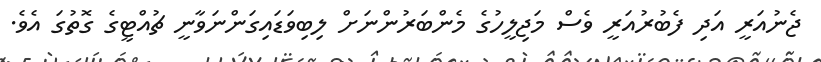
ޖެނުއަރީ އަދި ފެބުރުއަރީ ވެސް މަޖިލީހުގެ މެންބަރުންނަށް ލިބިވަޑައިގަންނަވާނީ ޗުއްޓީގެ ގޮތުގަ އެވެ.